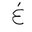
Letter: _gayn